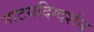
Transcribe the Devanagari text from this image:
नाटयदिग्दर्शन